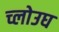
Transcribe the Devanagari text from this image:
च्लोउघ